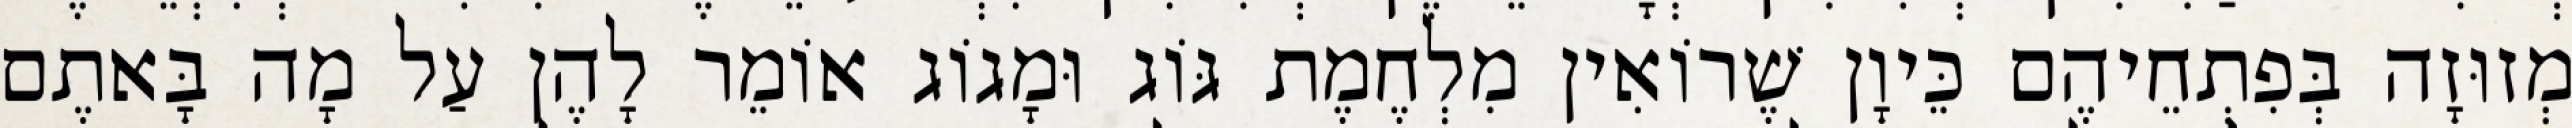
מְזוּזָה בְּפִתְחֵיהֶם כֵּיוָן שֶׁרוֹאִין מִלְחֶמֶת גּוֹג וּמָגוֹג אוֹמֵר לָהֶן עַל מָה בָּאתֶם